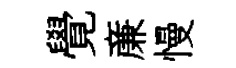
覺亷慢